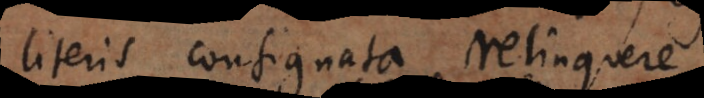
literis consignata relinque